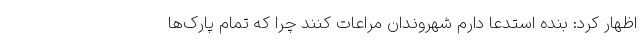
اظهار کرد: بنده استدعا دارم شهروندان مراعات کنند چرا که تمام پارک‌ها